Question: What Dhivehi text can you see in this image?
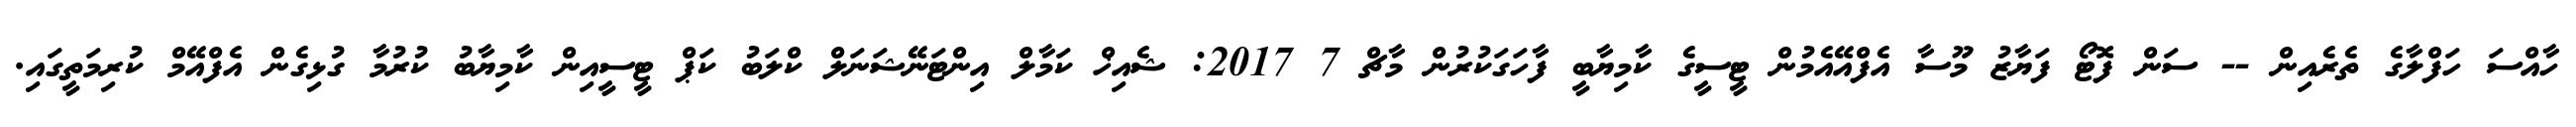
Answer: ހާއްސަ ހަފްލާގެ ތެރެއިން -- ސަން ފޮޓޯ ފަޔާޒު މޫސާ އެފްއޭއެމުން ޓީސީގެ ކާމިޔާބީ ފާހަގަކުރުން މާޗް 7 2017: ޝެއިޚް ކަމާލް އިންޓަނޭޝަނަލް ކްލަބު ކަޕް ޓީސީއިން ކާމިޔާބު ކުރުމާ ގުޅިގެން އެފްއޭމް ކުރިމަތީގައި.